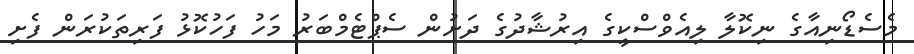
މެސެޑޯނިއާގެ ނިކޮލާ ލިއެވްސްކީގެ އިރުޝާދުގެ ދަށުން ސެޕްޓެމްބަރު މަހު ފަހުކޮޅު ފަރިތަކުރަން ފެށި